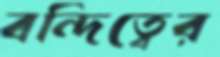
বন্দিত্বের